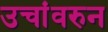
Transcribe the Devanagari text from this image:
उचांवरुन